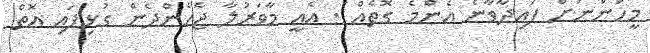
މީހުންނަށް ފައިދާވާނެ އެންމެ ގޮތެއް . އެއީ މާވަރުލާ ޖެހެންދެން ގުޅިފައި އޮތް